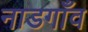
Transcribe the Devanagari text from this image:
नाडगाँव